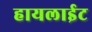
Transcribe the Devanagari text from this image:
हायलाईट